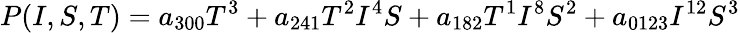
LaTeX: P(I,S,T)=a_{300}T^{3}+a_{241}T^{2}I^{4}S+a_{182}T^{1}I^{8}S^{2}+a_{0123}I^{12}S^{3}